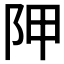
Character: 𨸺